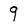
Character: 9